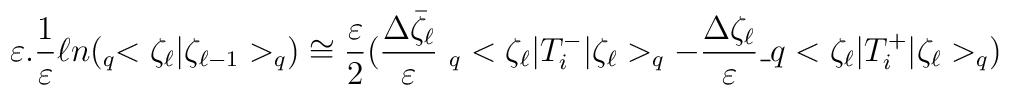
\varepsilon.\frac{1}{\varepsilon}\ell n (_q<\zeta_\ell|\zeta_{\ell-1}>_q)\cong\frac{\varepsilon}{2}(\frac{\Delta\bar{\zeta}_\ell}{\varepsilon}\  _q<\zeta_\ell|T^-_i|\zeta_\ell>_q-\frac{\Delta \zeta_\ell}{\varepsilon}\_q<\zeta_\ell|T^+_i|\zeta_\ell>_q)\,